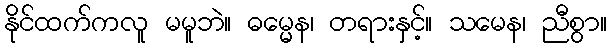
နိုင်ထက်ကလူ မမူဘဲ။ ဓမ္မေန၊ တရားနှင့်။ သမေန၊ ညီစွာ။